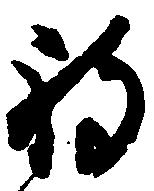
被